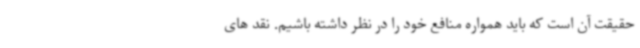
حقیقت آن است که باید همواره منافع خود را در نظر داشته باشیم. نقد های